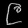
Digit: ၉